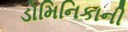
ડોમિનિકાની